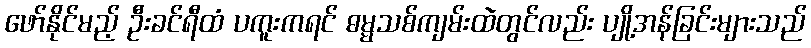
ဖော်နိုင်မည့် ဦးခင်ရီထံ ပကူးကရင် ဓမ္မသစ်ကျမ်းထဲတွင်လည်း ပျို့အန်ခြင်းများသည်